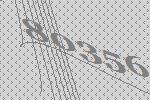
80356